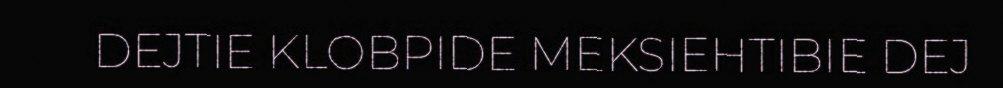
DEJTIE KLOBPIDE MEKSIEHTIBIE DEJ